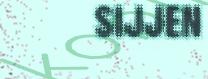
sijjen